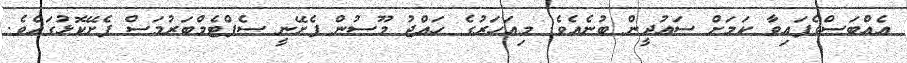
އެއްބަސްވެފައިވާ ކަމަށް ސައުދީން ބުނެއެވެ. މިއަހަރުގެ ހައްޖު މޫސުން ފެށޭނީ ސެޕްޓެމްބަރުމަސް ފެށޭކޮޅުގައެވެ.